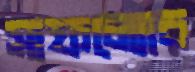
সাফল্যোর